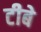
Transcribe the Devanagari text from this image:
टीबे